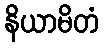
နိယာမိတံ